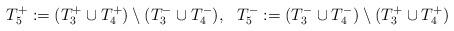
LaTeX: \begin{align*}T^+_5:=(T^+_3\cup T^+_4)\setminus(T^-_3\cup T^-_4),~~ T^-_5:=(T^-_3\cup T^-_4)\setminus(T^+_3\cup T^+_4)\end{align*}